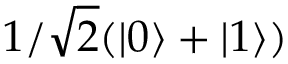
1 / \sqrt { 2 } ( | 0 \rangle + | 1 \rangle )